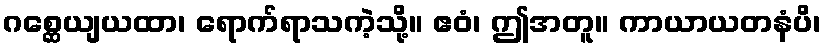
ဂစ္ဆေယျယထာ၊ ရောက်ရာသကဲ့သို့။ ဧဝံ၊ ဤအတူ။ ကာယာယတနံပိ၊